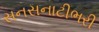
સનસનાટીભરી